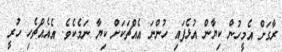
ރާގަށް އެމީހުން ކިޔާން އުޅެފައި ހުންނަ އެއްޗަކަށް ކިޔާ ނަމެކެވެ. އެއެއްޗެހި ހުރީ